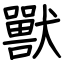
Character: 獸